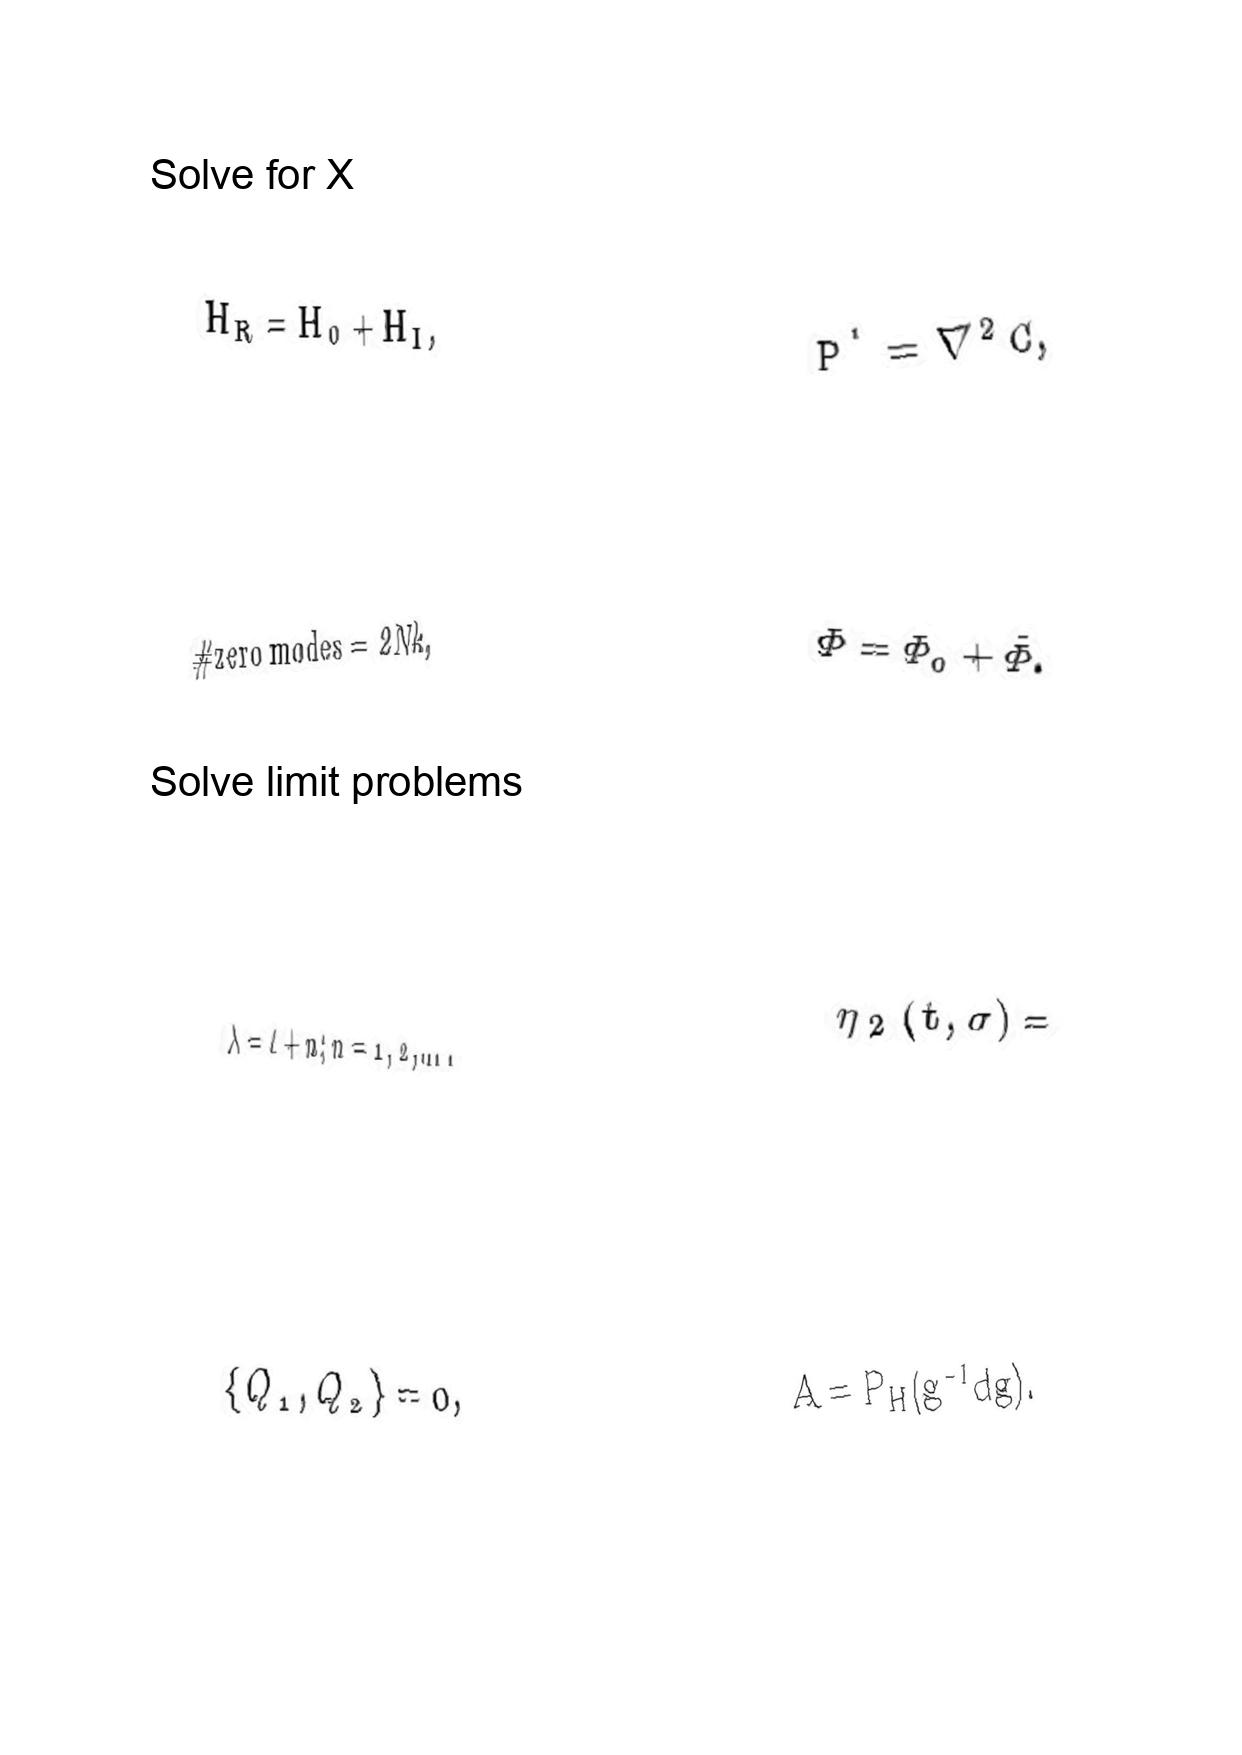
LaTeX transcription:
H _ { R } = H _ { 0 } + H _ { I } ,
\# \mathrm { z e r o \space m o d e s } = 2 N k ,
\lambda = \ell + n ; n = 1 , 2 , \ldots .
\lbrace Q _ { 1 } , Q _ { 2 } \rbrace = 0 ,
P ^ { \prime } = \nabla ^ { 2 } C ,
\Phi = \Phi _ { 0 } + \tilde { \Phi } .
\eta _ { 2 } \lparen t , \sigma \rparen =
A = P _ { H } \lparen g ^ { - 1 } d g \rparen .